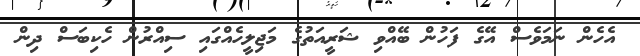
އެހެން ނަމަވެސް އޭގެ ފަހުން ބޭއްވި ޝަރީއަތުގެ މަޖިލީހެއްގައި ސިއްރުން ހެކިބަސް ދިން